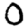
Digit: 0